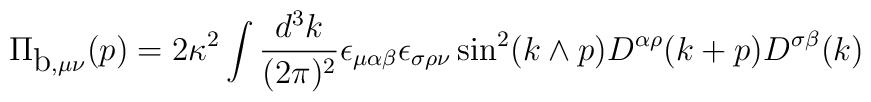
\Pi_{\mbox{b},\mu \nu} (p)=2 \kappa^2 \int \frac{d^3k}{(2 \pi)^2} \epsilon_{\mu \alpha \beta} \epsilon_{\sigma \rho \nu}\sin^2(k \wedge p) D^{\alpha \rho} (k+p) D^{\sigma \beta} (k)